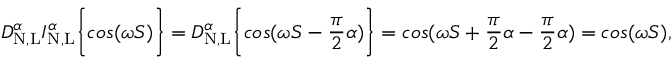
D _ { \mathrm { N , L } } ^ { \alpha } I _ { \mathrm { N , L } } ^ { \alpha } \bigg \{ { c o s ( \omega S ) \bigg \} } = D _ { \mathrm { N , L } } ^ { \alpha } \bigg \{ { c o s ( \omega S - \frac { \pi } { 2 } \alpha ) \bigg \} } = c o s ( \omega S + \frac { \pi } { 2 } \alpha - \frac { \pi } { 2 } \alpha ) = c o s ( \omega S ) ,